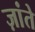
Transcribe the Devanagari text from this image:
ज़ांते